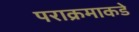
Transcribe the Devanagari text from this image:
पराक्रमाकडे